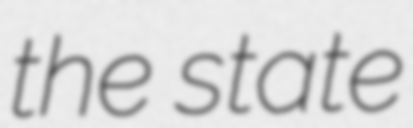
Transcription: the state